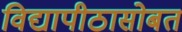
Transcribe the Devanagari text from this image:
विद्यापीठासोबत